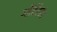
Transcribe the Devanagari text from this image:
गोविंदचंद